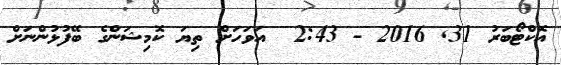
އޮކްޓޯބަރު 31